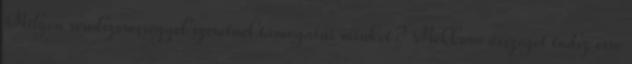
Milyen rendszerességgel szeretnél támogatni minket? Mekkora összeget tudsz erre